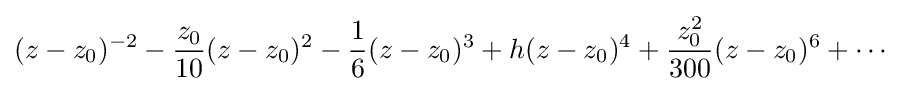
(z-z_{0})^{-2}-{\frac {z_{0}}{10}}(z-z_{0})^{2}-{\frac {1}{6}}(z-z_{0})^{3}+h(z-z_{0})^{4}+{\frac {z_{0}^{2}}{300}}(z-z_{0})^{6}+\cdots